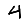
Digit: 4